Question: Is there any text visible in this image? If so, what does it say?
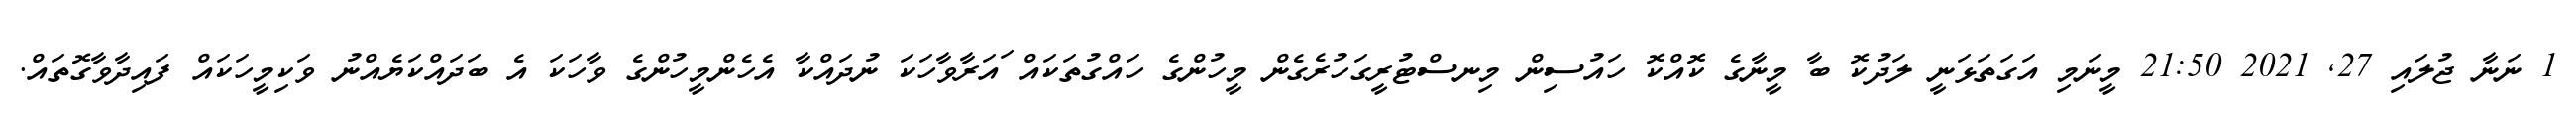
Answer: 1 ނަނާ ޖުލައި 27, 2021 21:50 މީނަމި އަގަތަޅަނީ ލަދުކޮ ބާ މީނާގެ ކޮއްކޮ ހައުސިން މިނސްޓުރީގަހުރެގެން މީހުންގެ ހައްގުތަކައް ައަރާވާހަކަ ނުދައްކާ އެހެންމީހުންގެ ވާހަކަ އެ ބަދައްކަޔެއްނު ވަކިމީހަކައް ފައިދާވާގޮތައް.